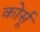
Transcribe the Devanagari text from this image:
कोर्सू